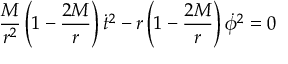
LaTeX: { \frac { M } { r ^ { 2 } } } \left( 1 - { \frac { 2 M } { r } } \right) { \dot { t } } ^ { 2 } - r \left( 1 - { \frac { 2 M } { r } } \right) { \dot { \phi } } ^ { 2 } = 0